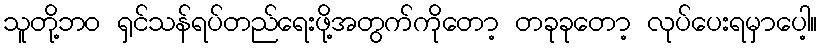
သူတို့ဘဝ ရှင်သန်ရပ်တည်ရေးဖို့အတွက်ကိုတော့ တခုခုတော့ လုပ်ပေးရမှာပေါ့။